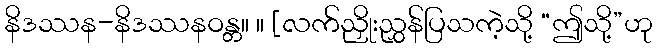
နိဒဿန-နိဒဿနဝန္တ။ ။ [လက်ညှိုးညွှန်ပြသကဲ့သို့ “ဤသို့”ဟု